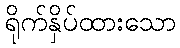
ရိုက်နှိပ်ထားသော